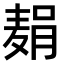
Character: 𫜓